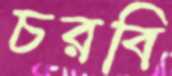
চরবি